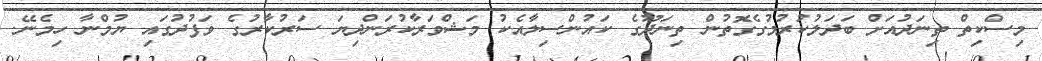
މިސްކިތް ތިނަދުއަށް ބަދަލުކުރުމުގެގޮތުން ތިނަދޫގެ ކައުންސިލާއެކު މަޝްވަރާކުރަންދިޔަ ސަރުކާރުގެ ވަފުދުގައި ޔުމްނާ ހިމެނޭ.